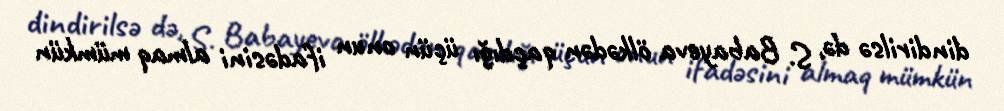
dindirilsə də, S. Babayeva ölkədən qaçdığı üçün onun ifadəsini almaq mümkün